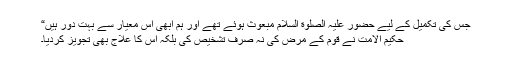
جس کی تکمیل کے لیے حضور علیہ الصلوٰة السلام مبعوث ہوئے تھے اور ہم ابھی اس معیار سے بہت دُور ہیں“
حکیم الامت نے قوم کے مرض کی نہ صرف تشخیص کی بلکہ اس کا علاج بھی تجویز کردیا۔